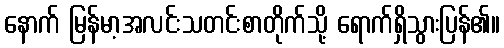
နောက် မြန်မာ့အလင်းသတင်းစာတိုက်သို့ ရောက်ရှိသွားပြန်၏။